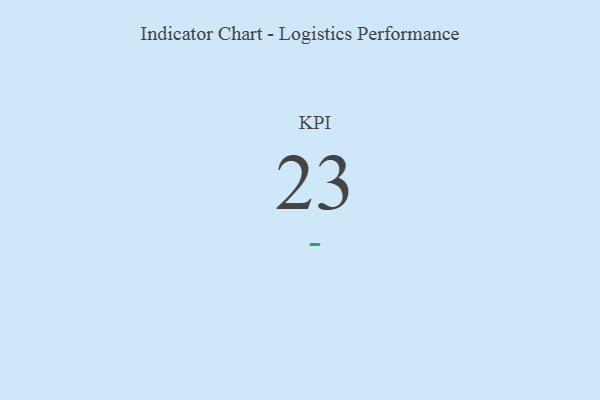
{"axis": {"x": "KPI", "y": "Value"}, "legend": [""], "data": [{"x": "KPI", "y": 23, "type": ""}]}